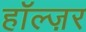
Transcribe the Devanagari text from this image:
हॉल्ज़र